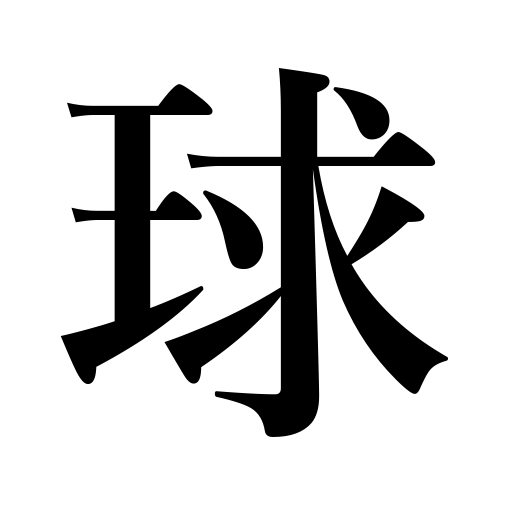
Meanings: sphere,ball,globe,radio tube,bowl,bulb